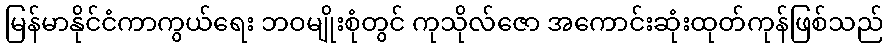
မြန်မာနိုင်ငံကာကွယ်ရေး ဘဝမျိုးစုံတွင် ကုသိုလ်ဇော အကောင်းဆုံးထုတ်ကုန်ဖြစ်သည်